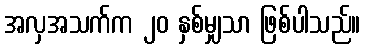
အလှအသက်က ၂၀ နှစ်မျှသာ ဖြစ်ပါသည်။